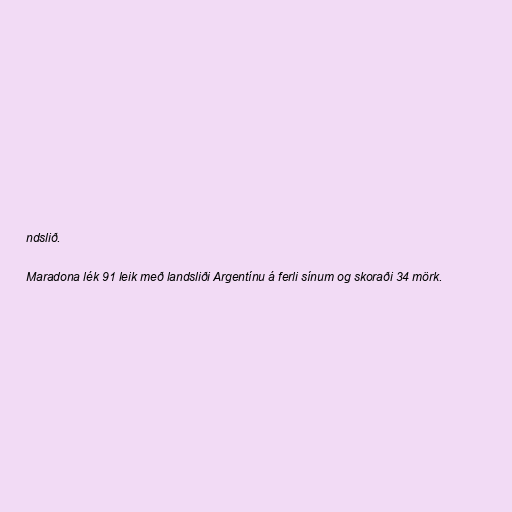
ndslið.

Maradona lék 91 leik með landsliði Argentínu á ferli sínum og skoraði 34 mörk.